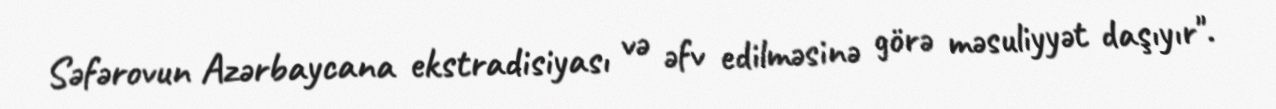
Səfərovun Azərbaycana ekstradisiyası və əfv edilməsinə görə məsuliyyət daşıyır".